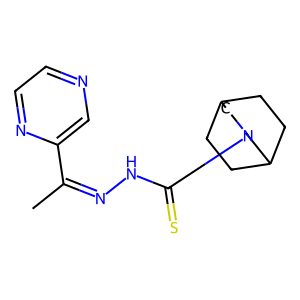
SMILES: CC(=NNC(=S)N1CC2CCC(CC2)C1)c1cnccn1
Inhibits HIV replication: No